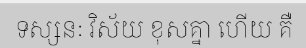
ទស្សនៈ វិស័យ ខុសគ្នា ហើយ គឺ